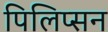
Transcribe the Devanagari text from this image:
पिलिप्सन